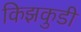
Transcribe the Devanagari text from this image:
किझकुडी